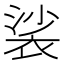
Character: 裟